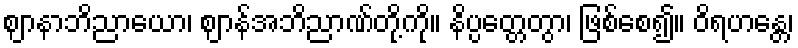
ဈာနာဘိညာယော၊ ဈာန်အဘိညာဏ်တို့ကို။ နိပ္ပတ္တေတွာ၊ ဖြစ်စေ၍။ ဝိရဟန္တေ၊